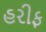
હરીફ